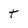
Character: t